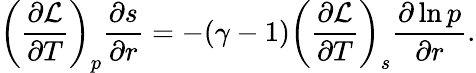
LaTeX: \left(\frac{\partial\mathcal{L}}{\partial T}\right)_{p}\frac{\partial s}{\partial r}=-(\gamma-1)\left(\frac{\partial\mathcal{L}}{\partial T}\right)_{s}\frac{\partial\ln p}{\partial r}.